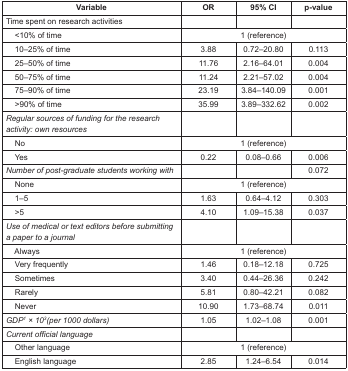
<table><thead><tr><td><b>Variable</b></td><td><b>OR</b></td><td><b>95% CI</b></td><td><b>p-value</b></td></tr></thead><tbody><tr><td>Time spent on research activities</td><td></td><td></td><td></td></tr><tr><td>&lt;10% of time</td><td colspan="3">1 (reference)</td></tr><tr><td>10–25% of time</td><td>3.88</td><td>0.72–20.80</td><td>0.113</td></tr><tr><td>25–50% of time</td><td>11.76</td><td>2.16–64.01</td><td>0.004</td></tr><tr><td>50–75% of time</td><td>11.24</td><td>2.21–57.02</td><td>0.004</td></tr><tr><td>75–90% of time</td><td>23.19</td><td>3.84–140.09</td><td>0.001</td></tr><tr><td>&gt;90% of time</td><td>35.99</td><td>3.89–332.62</td><td>0.002</td></tr><tr><td><i>Regular sources of funding for the research activity: own resources</i></td><td></td><td></td><td></td></tr><tr><td>No</td><td colspan="3">1 (reference)</td></tr><tr><td>Yes</td><td>0.22</td><td>0.08–0.66</td><td>0.006</td></tr><tr><td><i>Number of post-graduate students working with</i></td><td></td><td></td><td>0.072</td></tr><tr><td>None</td><td colspan="3">1 (reference)</td></tr><tr><td>1–5</td><td>1.63</td><td>0.64–4.12</td><td>0.303</td></tr><tr><td>&gt;5</td><td>4.10</td><td>1.09–15.38</td><td>0.037</td></tr><tr><td><i>Use of medical or text editors before submitting a paper to a journal</i></td><td></td><td></td><td></td></tr><tr><td>Always</td><td colspan="3">1 (reference)</td></tr><tr><td>Very frequently</td><td>1.46</td><td>0.18–12.18</td><td>0.725</td></tr><tr><td>Sometimes</td><td>3.40</td><td>0.44–26.36</td><td>0.242</td></tr><tr><td>Rarely</td><td>5.81</td><td>0.80–42.21</td><td>0.082</td></tr><tr><td>Never</td><td>10.90</td><td>1.73–68.74</td><td>0.011</td></tr><tr><td><i>GDP<sup>1</sup> × 10<sup>3</sup>(per 1000 dollars)</i></td><td>1.05</td><td>1.02–1.08</td><td>0.001</td></tr><tr><td><i>Current official language</i></td><td></td><td></td><td></td></tr><tr><td>Other language</td><td colspan="3">1 (reference)</td></tr><tr><td>English language</td><td>2.85</td><td>1.24–6.54</td><td>0.014</td></tr></tbody></table>